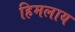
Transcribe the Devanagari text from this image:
हिमलाय